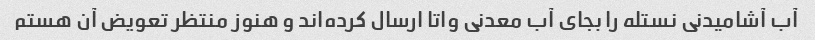
آب آشامیدنی نستله را بجای آب معدنی واتا ارسال کرده‌اند و هنوز منتظر تعویض آن هستم